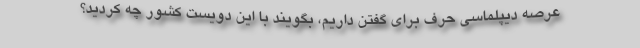
عرصه دیپلماسی حرف برای گفتن داریم، بگویند با این دویست کشور چه کردید؟